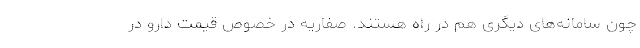
چون سامانه‌های دیگری هم در راه هستند. صفاریه در خصوص قیمت دارو در